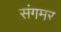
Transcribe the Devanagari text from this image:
संगमर